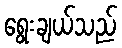
ရွေးချယ်သည်